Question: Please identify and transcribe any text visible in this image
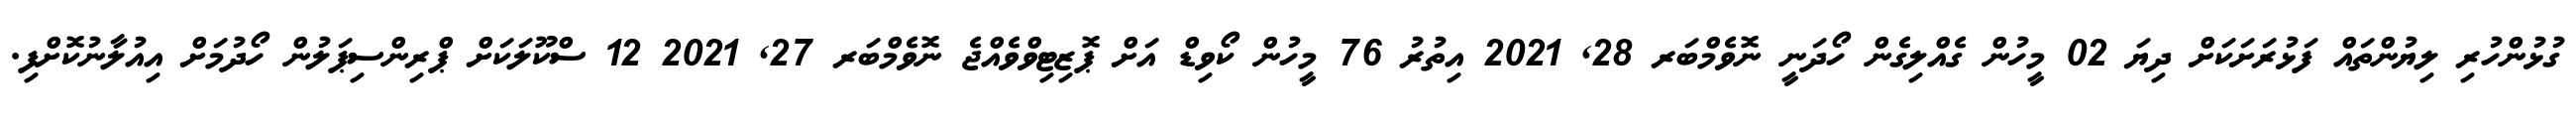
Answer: ގުޅުންހުރި ލިޔުންތައް ފަޅުރަށަކަށް ދިޔަ 02 މީހުން ގެއްލިގެން ހޯދަނީ ނޮވެމްބަރ 28, 2021 އިތުރު 76 މީހުން ކޯވިޑް އަށް ޕޮޒިޓިވްވެއްޖެ ނޮވެމްބަރ 27, 2021 12 ސްކޫލަކަށް ޕްރިންސިޕަލުން ހޯދުމަށް އިއުލާނުކޮށްފި.